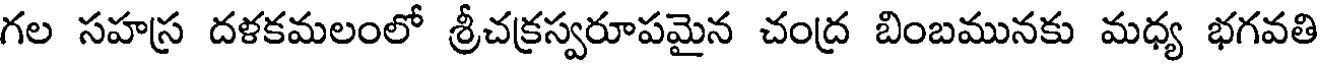
గల సహస్ర దళకమలంలో శ్రీచక్రస్వరూపమైన చంద్ర బింబమునకు మధ్య భగవతి